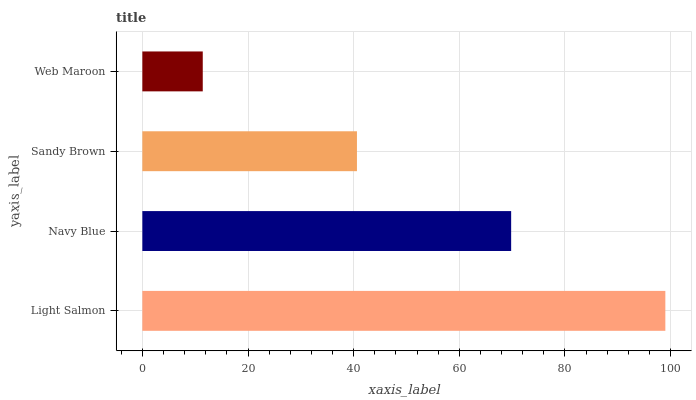
| yaxis_label | bars |
 | --- | --- |
 | Light Salmon | 99 |
 | Navy Blue | 69.8 |
 | Sandy Brown | 40.6 |
 | Web Maroon | 11.4 |